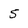
Character: 5